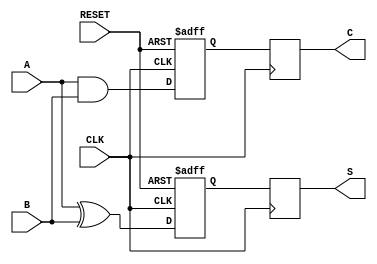
module sequential_half_adder (
    input wire A,         // First input bit
    input wire B,         // Second input bit
    input wire CLK,       // Clock signal
    input wire RESET,     // Reset signal for initialization
    output reg S,         // Sum output
    output reg C          // Carry output
);

    // Internal registers to hold the state
    reg sum_reg;          // Register to hold the current sum
    reg carry_reg;        // Register to hold the current carry

    // Always block triggered on the rising edge of the clock or reset
    always @(posedge CLK or posedge RESET) begin
        if (RESET) begin
            // Initialize registers to 0 on reset
            sum_reg <= 1'b0;
            carry_reg <= 1'b0;
        end else begin
            // Compute new sum and carry
            sum_reg <= A ^ B;     // S_new = A XOR B
            carry_reg <= A & B;   // C_new = A AND B
        end
    end

    // Assign the outputs to the registers
    always @(posedge CLK) begin
        S <= sum_reg;          // Update output S with the current sum
        C <= carry_reg;        // Update output C with the current carry
    end

endmodule